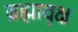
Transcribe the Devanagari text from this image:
ब्रह्मावृक्ष